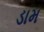
ડામ